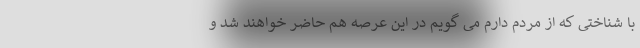
با شناختی که از مردم دارم می گویم در این عرصه هم حاضر خواهند شد و